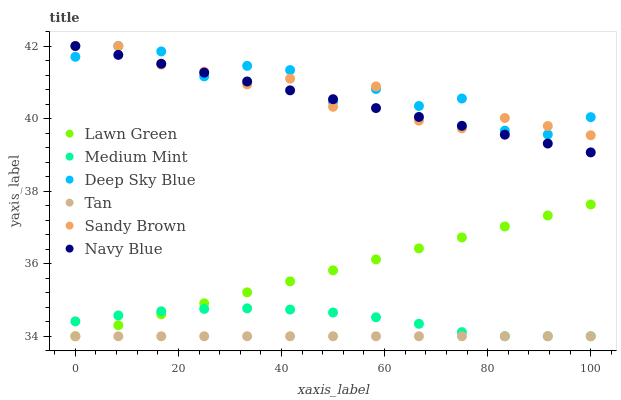
| xaxis_label | Lawn Green | Medium Mint | Deep Sky Blue | Tan | Sandy Brown | Navy Blue |
 | --- | --- | --- | --- | --- | --- | --- |
 | 0 | 34 | 34.4 | 41.7 | 34 | 42 | 42 |
 | 8.33 | 34.3 | 34.6 | 42 | 34 | 42 | 41.8 |
 | 16.7 | 34.6 | 34.7 | 41.9 | 34 | 41.5 | 41.5 |
 | 25 | 34.9 | 34.8 | 41.2 | 34 | 41.3 | 41.3 |
 | 33.3 | 35.2 | 34.8 | 41.5 | 34 | 40.9 | 41 |
 | 41.7 | 35.5 | 34.7 | 41.3 | 34 | 41.1 | 40.8 |
 | 50 | 35.8 | 34.7 | 40.5 | 34 | 40.3 | 40.5 |
 | 58.3 | 36.1 | 34.5 | 40.8 | 34 | 40.9 | 40.3 |
 | 66.7 | 36.4 | 34.3 | 40.3 | 34 | 39.9 | 40 |
 | 75 | 36.7 | 34.1 | 40.6 | 34 | 39.7 | 39.8 |
 | 83.3 | 37 | 34 | 39.7 | 34 | 40 | 39.6 |
 | 91.7 | 37.3 | 34 | 39.6 | 34 | 39.8 | 39.3 |
 | 100 | 37.6 | 34 | 40 | 34 | 39.5 | 39.1 |